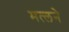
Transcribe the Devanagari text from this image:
मत्लने